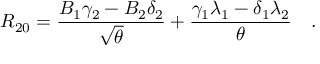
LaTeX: R _ { 2 0 } = { \frac { B _ { 1 } \gamma _ { 2 } - B _ { 2 } \delta _ { 2 } } { \sqrt { \theta } } } + { \frac { \gamma _ { 1 } \lambda _ { 1 } - \delta _ { 1 } \lambda _ { 2 } } { \theta } } \quad .